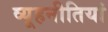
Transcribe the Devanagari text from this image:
व्यूहनीतियां